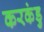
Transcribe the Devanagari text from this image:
करकंडु